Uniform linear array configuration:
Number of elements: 32
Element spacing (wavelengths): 0.5
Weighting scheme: hamming
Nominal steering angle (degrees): -60
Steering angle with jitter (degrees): -59.202
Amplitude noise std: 0.05
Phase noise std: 0.05

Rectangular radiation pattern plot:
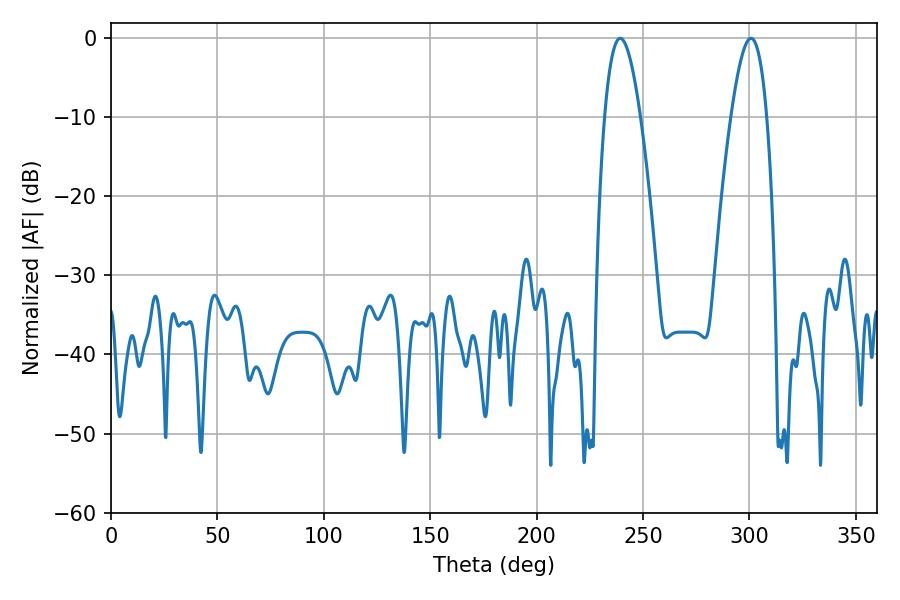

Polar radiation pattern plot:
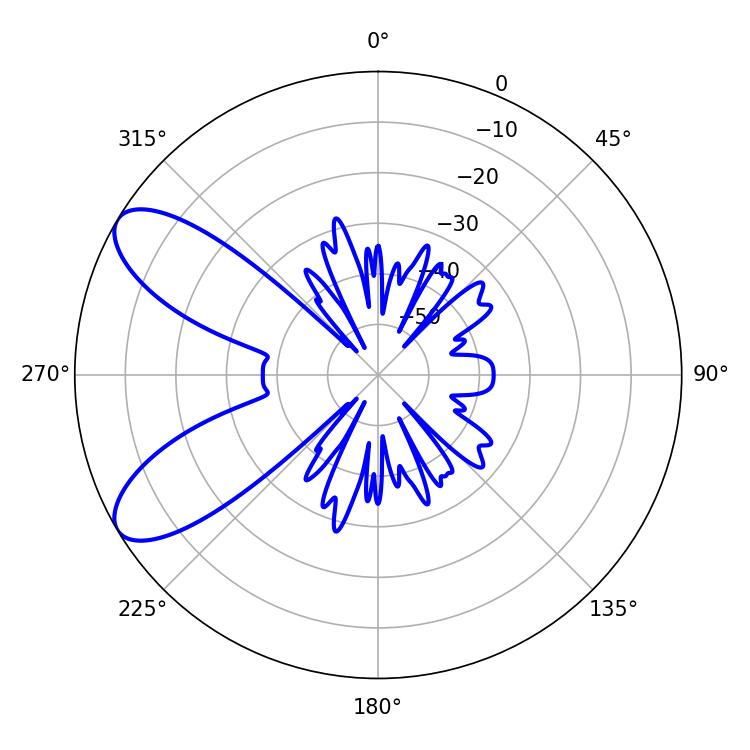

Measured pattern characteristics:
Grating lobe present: FALSE
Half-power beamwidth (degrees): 9.18
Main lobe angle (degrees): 300.78